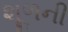
શૂળની